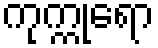
ကုက္ကုရော